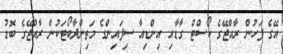
އޭގެ ފަހުން ރާއްޖޭގެ ކޯސްޓް ގާޑާއި އިންޑިއާ ސިފައިންގެ މަތިންދާބޯޓަކުން ރާއްޖޭގެ ބޮޑު